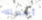
أخبرتك